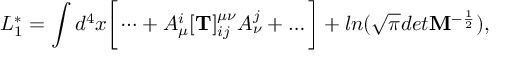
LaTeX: L _ { 1 } ^ { * } = \int d ^ { 4 } x \bigg [ \dots + A _ { \mu } ^ { i } [ { \bf T } ] _ { i j } ^ { \mu \nu } A _ { \nu } ^ { j } + \dots \bigg ] + l n ( \sqrt \pi d e t { \bf M } ^ { - \frac 1 2 } ) ,